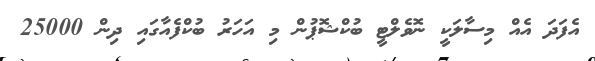
އެފަދަ އެއް މިސާލަކީ ނޮވެލްޓީ ބުކްޝޮޕުން މި އަހަރު ބުކްފެއާގައި ދިން 25000